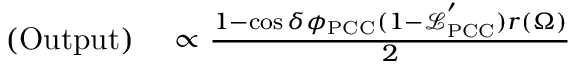
\begin{array} { r l } { \mathrm { ( O u t p u t ) } } & { { } \propto \frac { 1 - \cos \delta \phi _ { \mathrm { P C C } } ( 1 - \mathcal { L } _ { \mathrm { P C C } } ^ { ' } ) r ( \Omega ) } { 2 } } \end{array}